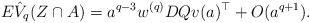
\begin{align*}E\hat{V}_q(Z\cap A) =a^{q-3} w^{(q)} D Q v(a)^\top+O(a^{q+1}).\end{align*}